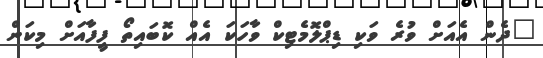
"ދެން އެއަށް ވުރެ ވަކި ޑިޕްލޮމެޓިކް ވާހަކަ އެއް ކޮބައިތޯ ފީފާއަށް މިކަން